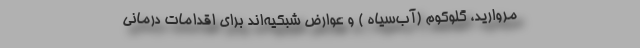
مروارید، گلوکوم (آب‌سیاه ) و عوارض شبکیه‌‌اند برای اقدامات درمانی